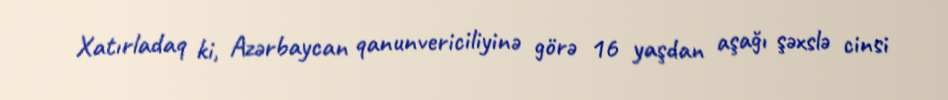
Xatırladaq ki, Azərbaycan qanunvericiliyinə görə 16 yaşdan aşağı şəxslə cinsi